FBI Photo B12
Agency: FBI
Incident date: Late 2025
Incident location: Western United States
Page 1
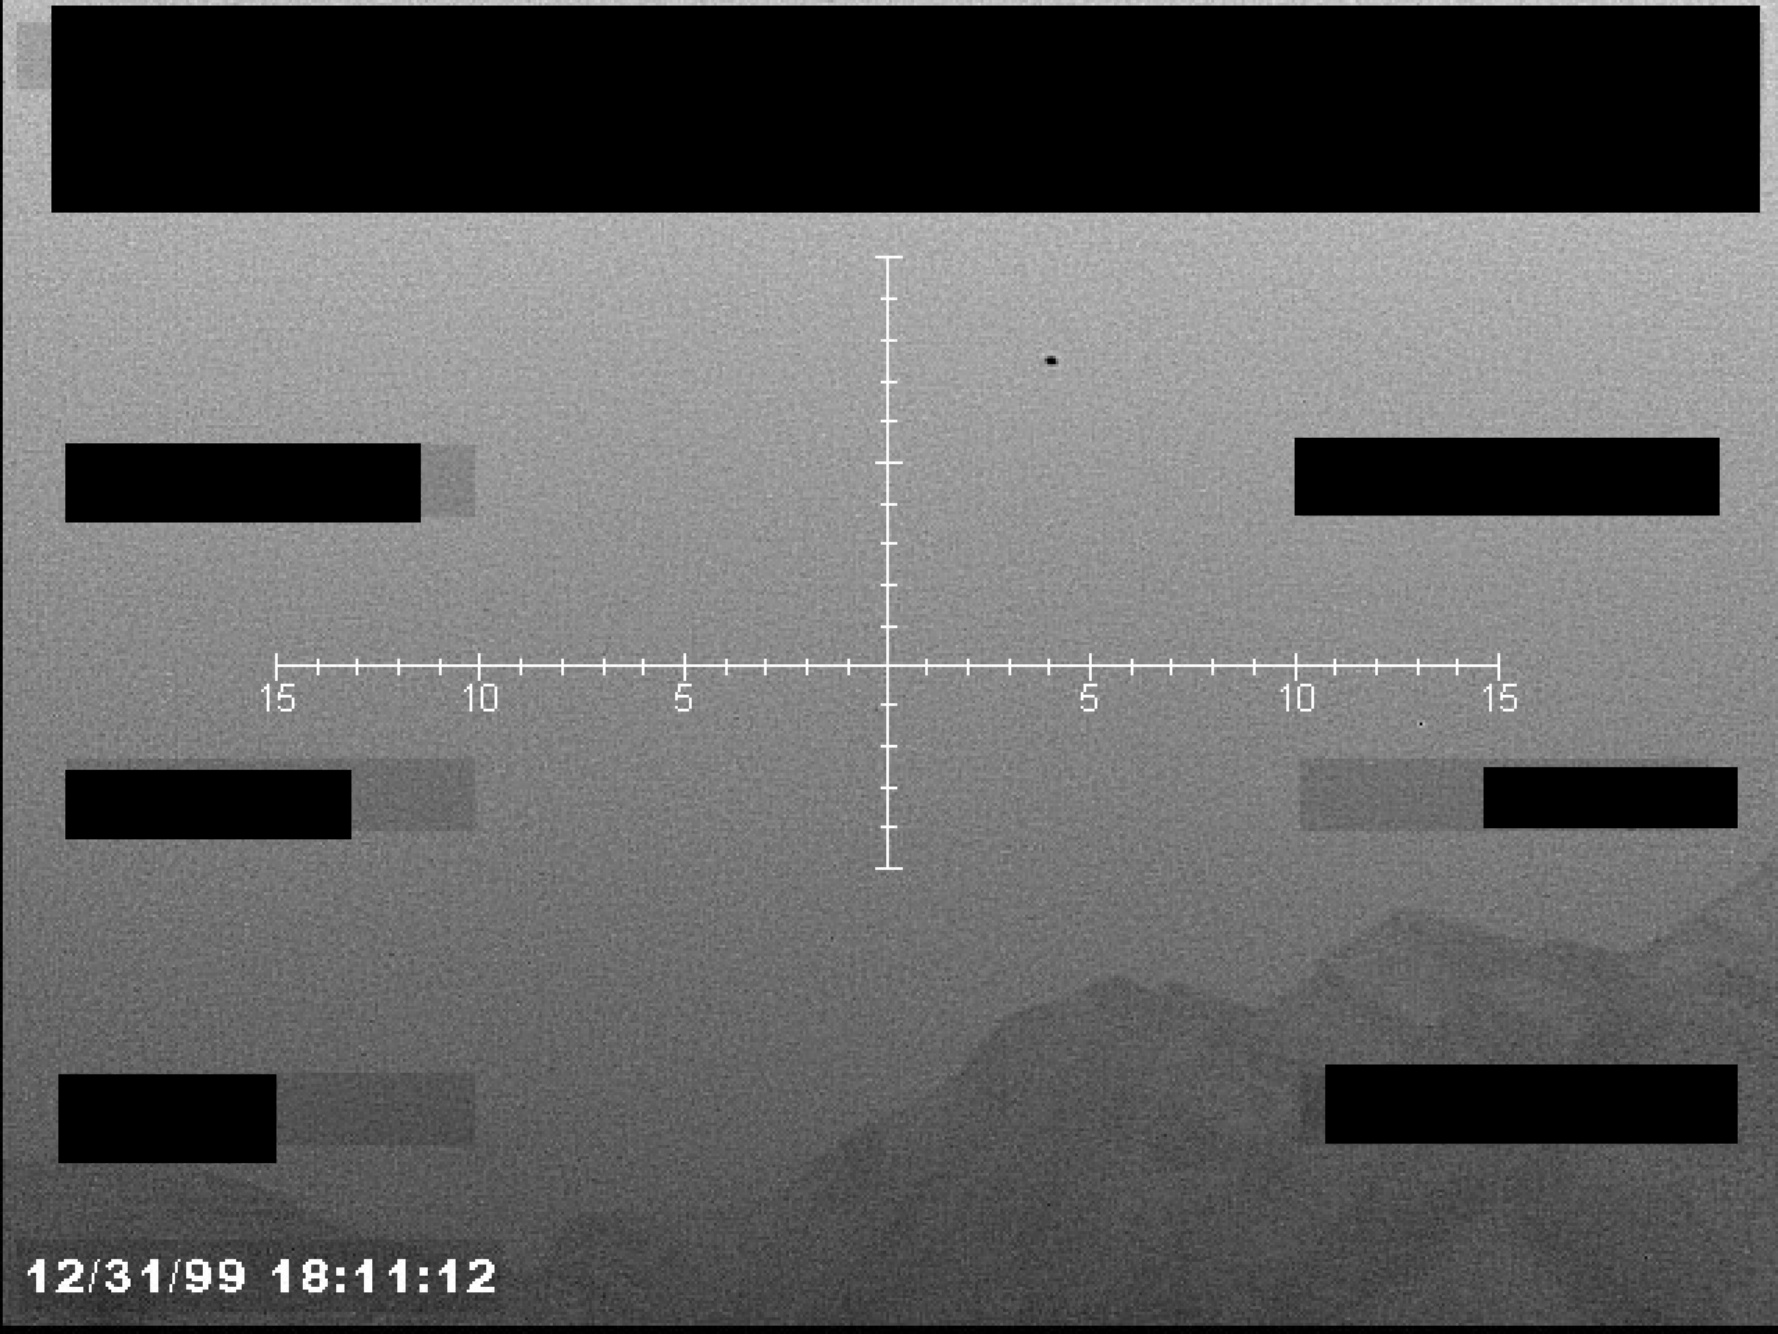